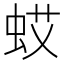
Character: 𱿠